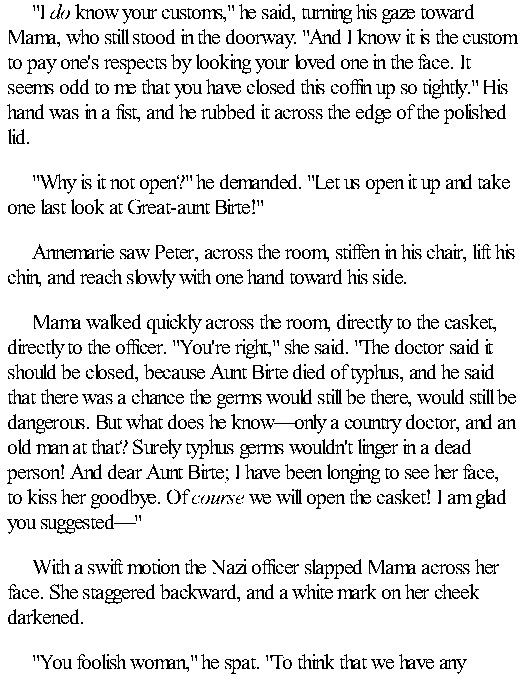
"I do know your customs," he said, turning his gaze toward
 Mama, who still stood in the doorway. "And I know it is the custom
 to pay one's respects by looking your loved one in the face. It
 seems odd to me that you have closed this coffin up so tightly." His
 hand was in a fist, and he rubbed it across the edge of the polished
 lid.
 "Why is it not open?" he demanded. "Let us open it up and take
 one last look at Great-aunt Birte!"
 Annemarie saw Peter, across the room, stiffen in his chair, lift his
 chin, and reach slowly with one hand toward his side.
 Mama walked quickly across the room, directly to the casket,
 directly to the officer. "You're right," she said. "The doctor said it
 should be closed, because Aunt Birte died of typhus, and he said
 that there was a chance the germs would still be there, would still be
 dangerous. But what does he know—only a country doctor, and an
 old man at that? Surely typhus germs wouldn't linger in a dead
 person! And dear Aunt Birte; I have been longing to see her face,
 to kiss her goodbye. Of course we will open the casket! I am glad
 you suggested—"
 With a swift motion the Nazi officer slapped Mama across her
 face. She staggered backward, and a white mark on her cheek
 darkened.
 "You foolish woman," he spat. "To think that we have any